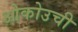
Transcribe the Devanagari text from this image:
ओकोउची